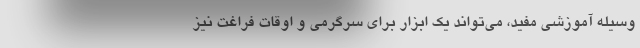
وسیله آموزشی مفید، می‌تواند یک ابزار برای سرگرمی و اوقات فراغت نیز